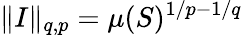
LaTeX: \| I\| _{q,p}=\mu(S)^{1/p-1/q}